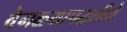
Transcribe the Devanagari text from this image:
वेगळ्यापद्धतीने